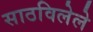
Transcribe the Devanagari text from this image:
साठविलेले